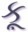
કૂ